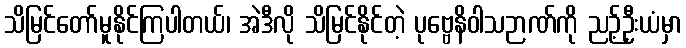
သိမြင်တော်မူနိုင်ကြပါတယ်၊ အဲဒီလို သိမြင်နိုင်တဲ့ ပုဗ္ဗေနိဝါသဉာဏ်ကို ညဉ့်ဦးယံမှာ